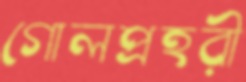
গোলপ্রহরী